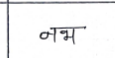
मजकूर: नभ